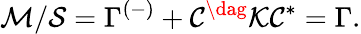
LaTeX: \mathcal{M}/\mathcal{S}=\Gamma^{(-)}+\mathcal{C}^{\dag}\mathcal{K}\mathcal{C}^{*}=\Gamma.